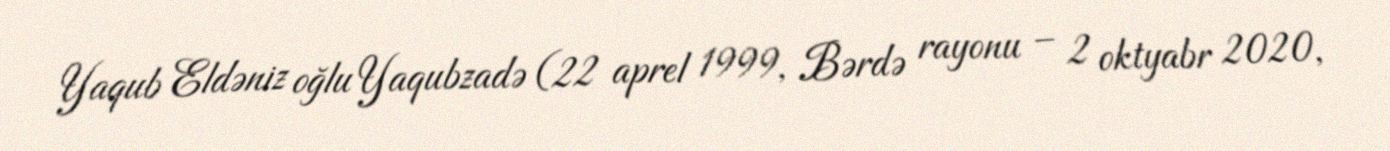
Yaqub Eldəniz oğlu Yaqubzadə (22 aprel 1999, Bərdə rayonu – 2 oktyabr 2020,